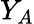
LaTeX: Y_{A}